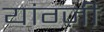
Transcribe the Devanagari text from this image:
यांग्ज़ी